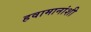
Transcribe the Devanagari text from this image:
हवामानांशी